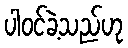
ပါဝင်ခဲ့သည်ဟု